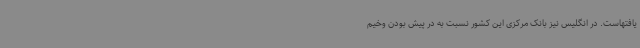
یافتهاست. در انگلیس نیز بانک مرکزی این کشور نسبت به در پیش بودن وخیم